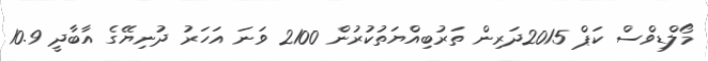
މޯލްޑިވްސް ކަޕް 2015ދަރިން ތަރުބިއްޔަތުކުރުން 2100 ވަނަ އަހަރު ދުނިޔޭގެ އާބާދީ 10.9